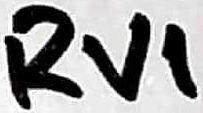
Text: RV1